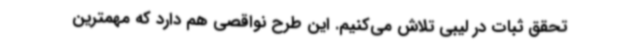
تحقق ثبات در لیبی تلاش می‌کنیم. این طرح نواقصی هم دارد که مهمترین